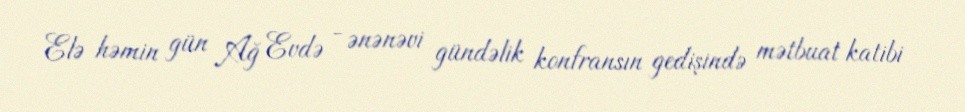
Elə həmin gün Ağ Evdə - ənənəvi gündəlik konfransın gedişində mətbuat katibi